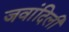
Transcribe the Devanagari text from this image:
जवांदिली